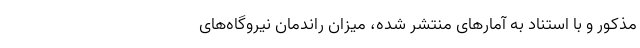
مذکور و با استناد به آمار‌های منتشر شده، میزان راندمان نیروگاه‌های